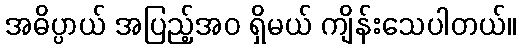
အဓိပ္ပာယ် အပြည့်အဝ ရှိမယ် ကျိန်းသေပါတယ်။